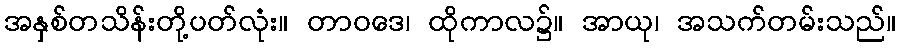
အနှစ်တသိန်းတို့ပတ်လုံး။ တာဝဒေ၊ ထိုကာလ၌။ အာယု၊ အသက်တမ်းသည်။